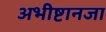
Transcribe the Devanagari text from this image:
अभीष्टानजा